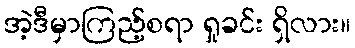
အဲ့ဒီမှာကြည့်စရာ ရှုခင်း ရှိလား။